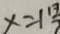
x = 1 \frac { 1 3 } { 7 }